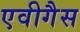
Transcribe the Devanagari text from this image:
एवीगैस